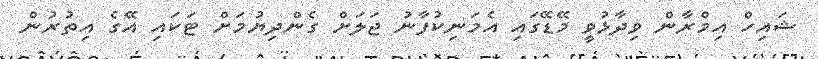
ޝައިހް އިމްރާން ވިދާޅުވީ މޭޑޭގައި އެމަނިކުފާނު ޖަލަށް ގެންދިޔުމަށް ޓަކައި އޭގެ އިތުރުން